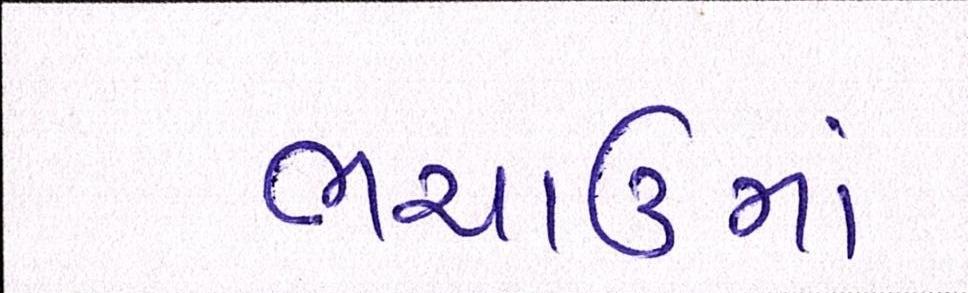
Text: ભચાઉમાં